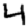
Digit: 4